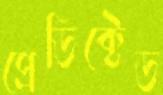
প্রেডিক্টেড